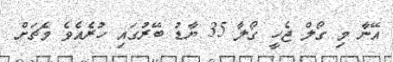
އޭނާ މި ގޯލް ޖެހީ ގޯލާ 35 ޔާޑު ބޭރުގައި ހުރެއެވެ މެޗަށް